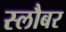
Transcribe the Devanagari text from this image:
स्लौबर